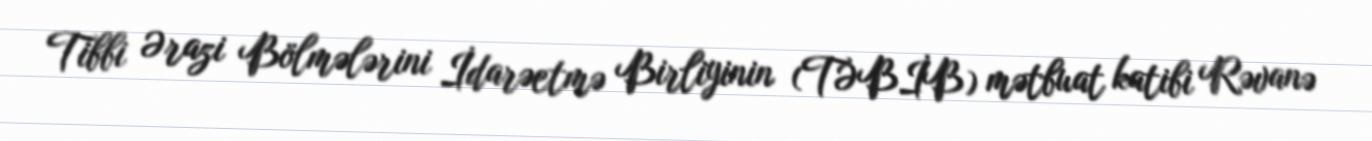
Tibbi Ərazi Bölmələrini İdarəetmə Birliyinin (TƏBİB) mətbuat katibi Rəvanə